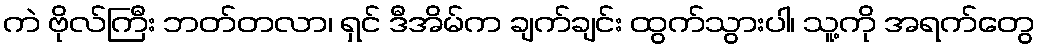
ကဲ ဗိုလ်ကြီး ဘတ်တလာ၊ ရှင် ဒီအိမ်က ချက်ချင်း ထွက်သွားပါ၊ သူ့ကို အရက်တွေ